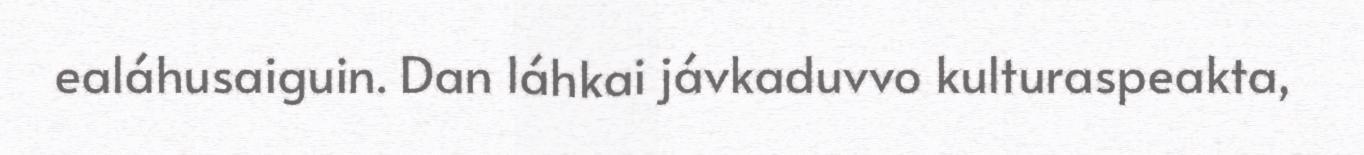
ealáhusaiguin. Dan láhkai jávkaduvvo kulturaspeakta,